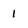
Character: 1